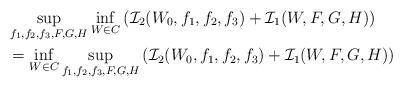
LaTeX: \begin{align*}&\sup_{f_1,f_2,f_3,F,G,H}\inf_{W\in C}\left(\mathcal{I}_2(W_0, f_1, f_2, f_3)+\mathcal{I}_1(W,F,G,H)\right)\\&=\inf_{W\in C}\sup_{f_1,f_2,f_3,F,G,H}\left(\mathcal{I}_2(W_0, f_1, f_2, f_3)+\mathcal{I}_1(W,F,G,H)\right)\end{align*}